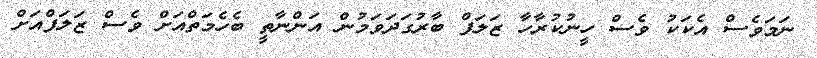
ނަމަވެސް އެކަކު ވެސް ހީނުކުރާހާ ޒަލަފް ބާރުގަދަވަމުން އަންނާތީ ބެހެމަތްއަށް ވެސް ޒަލަފްއަށް